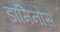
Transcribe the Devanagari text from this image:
डॉमिनोस